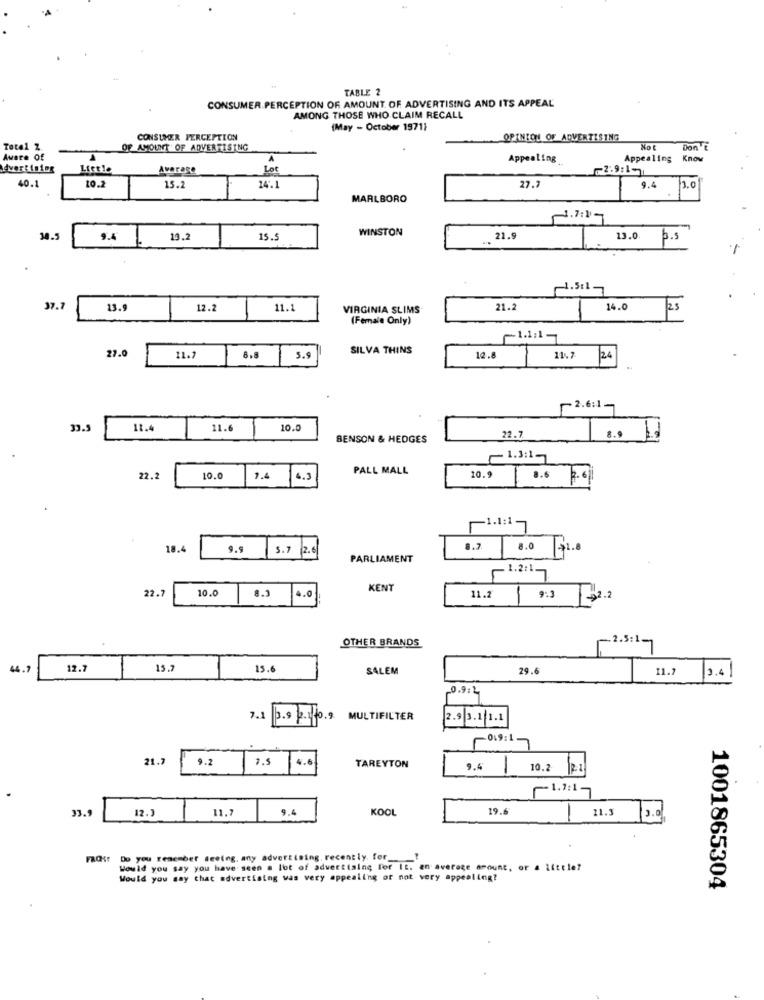
TABLE 2
CONSUMER.PERCEPTION OF AMOUNT OF ADVERTISING AND ITS APPEAL
AMONG THOSE WHO CLAIM RECALL
(May - October 1971)
CONSUMER PERCEPTION
OPINION OF ADVERTISING
Total Z.
OF AMOUNT OF ADVERTISING
Not
Don't
Aware Of
A
Appealing
Appealing
Know
Advertising
Average
Lot
2.9:1-
9.4
1.0
40.1
10.2
15.2
24.1
27.7
MARLBORO
WINSTON
30.5
9.4
19.2
15.
21.9
13.0
p.s
37.7
13.9
12.2
11.1
VIRGINIA SLIMS
21.2
14.0
(Female Only)
SILVA THINS
27.0
11.7
8.8
5.9
12.8
11.7
24
-2.6:1-
33.5
11.4
11.6
10.
BENSON & HEDGES
22.7
PALL MALL
22.2
10.0
7.4
4.3
10.9
8.6
2.6
18.4
9.9
5.7 2.6
8.7
8.0
71.8
PARLIAMENT
.1.2:1.
22.7
10.0
8.1
4.0
KENT
11.2
9.3
OTHER BRANDS
.2.3:1-
44.
12.7
15.
15.6
SALEM
29.6
11.7
3.4
0.9: 2
7.1
3.9 2.1 10.9
MULTIFILTER
2.9 3.1 1.1
-069:1.
21.7
9.2
7.5
4.6
TAREYTON
9.4
10.2
33.9
12.3
11.
9.4
KOOL
19.6
21.3
13.of
Do you remember seeing. any advertising, recently. for ___?
Would you say you have seen a lot of advertising for It. an average amount, or a little?
Would you say that advertising was very appealing or not very appealing?
1001865304